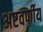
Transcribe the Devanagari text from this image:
अष्टवर्णीय